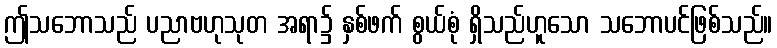
ဤသဘောသည် ပညာဗဟုသုတ အရာ၌ နှစ်ဖက် စွယ်စုံ ရှိသည်ဟူသော သဘောပင်ဖြစ်သည်။